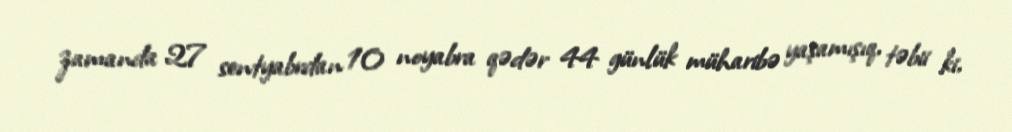
zamanda 27 sentyabrdan 10 noyabra qədər 44 günlük müharibə yaşamışıq, təbii ki,